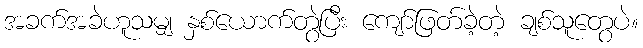
အခက်အခဲဟူသမျှ နှစ်ယောက်တွဲပြီး ကျော်ဖြတ်ခဲ့တဲ့ ချစ်သူတွေပဲ။